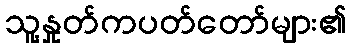
သူ့နှုတ်ကပတ်တော်များ၏